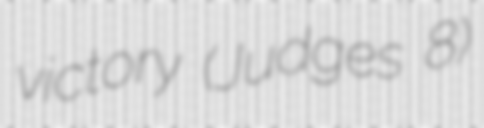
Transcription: victory (Judges 8)